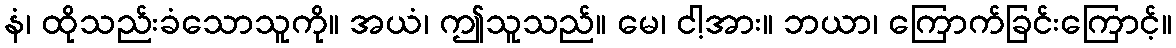
နံ၊ ထိုသည်းခံသောသူကို။ အယံ၊ ဤသူသည်။ မေ၊ ငါ့အား။ ဘယာ၊ ကြောက်ခြင်းကြောင့်။